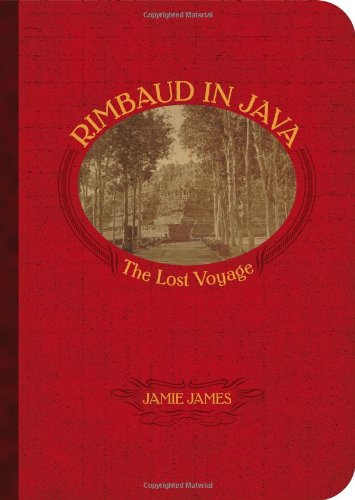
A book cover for Rimbaud in Java: The Lost Voyage; Jamie James; Travel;